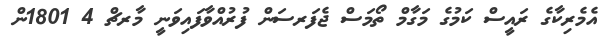
އެމެރިކާގެ ރައީސް ކަމުގެ މަގާމް ތޯމަސް ޖެފަރސަން ފުރުއްވާފައިވަނީ މާރޗް 4 1801ން